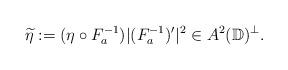
LaTeX: \begin{align*}\widetilde{\eta}:=(\eta\circ{F_a^{-1}}) |(F_a^{-1})'|^2\in{A^2(\mathbb{D})^\perp}.\end{align*}